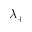
\lambda _ { + }